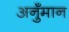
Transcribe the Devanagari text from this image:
अनुँमान